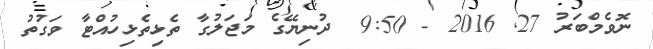
ނޮވެމްބަރު 27